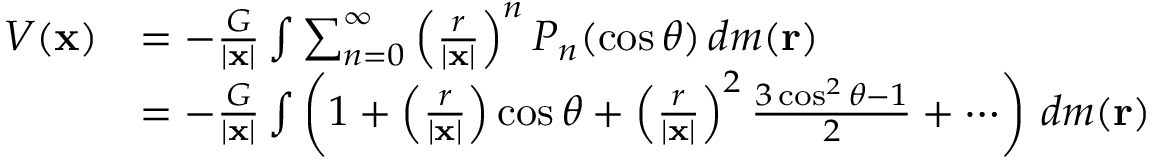
{ \begin{array} { r l } { V ( \mathbf { x } ) } & { = - { \frac { G } { | \mathbf { x } | } } \int \sum _ { n = 0 } ^ { \infty } \left( { \frac { r } { | \mathbf { x } | } } \right) ^ { n } P _ { n } ( \cos \theta ) \, d m ( \mathbf { r } ) } \\ & { = - { \frac { G } { | \mathbf { x } | } } \int \left( 1 + \left( { \frac { r } { | \mathbf { x } | } } \right) \cos \theta + \left( { \frac { r } { | \mathbf { x } | } } \right) ^ { 2 } { \frac { 3 \cos ^ { 2 } \theta - 1 } { 2 } } + \cdots \right) \, d m ( \mathbf { r } ) } \end{array} }